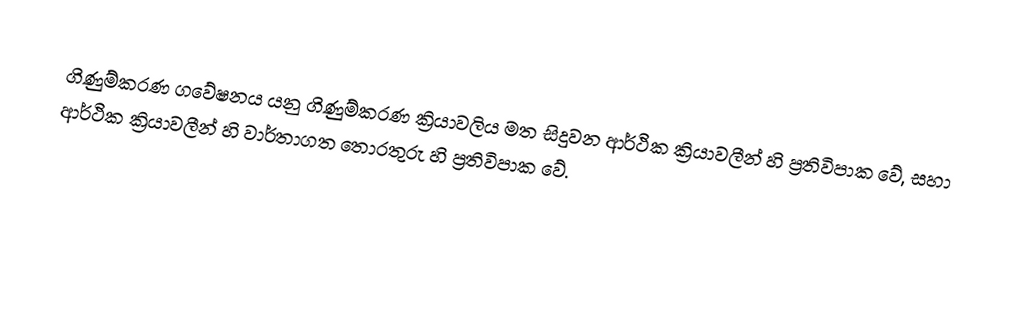
ගිණුම්කරණ ගවේෂනය යනු ගිණුම්කරණ ක්‍රියාවලිය මත සිදුවන ආර්ථික ක්‍රියාවලීන් හි ප්‍රතිවිපාක වේ, සහා ආර්ථික ක්‍රියාවලීන් හි වාර්තාගත තොරතුරු හි ප්‍රතිවිපාක වේ.